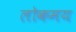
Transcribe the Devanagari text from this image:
लोकमय